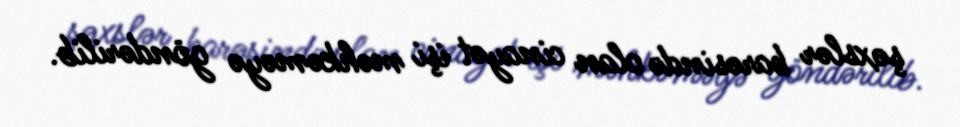
şəxslər barəsində olan cinayət işi məhkəməyə göndərilib.